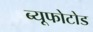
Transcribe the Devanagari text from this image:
ब्यूफोटोड